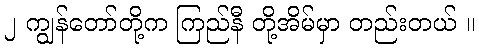
၂ ကျွန်တော်တို့က ကြည်နီ တို့အိမ်မှာ တည်းတယ် ။